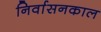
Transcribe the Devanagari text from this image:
निर्वासनकाल